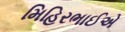
મિહિરભાઈએ